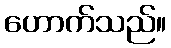
ဟောက်သည်။